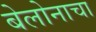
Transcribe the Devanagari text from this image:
बेलोनाचा